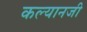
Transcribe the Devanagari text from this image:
कल्यानजी